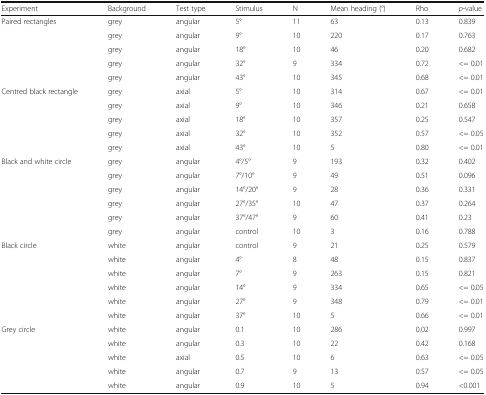
<table><thead><tr><td><b>Experiment</b></td><td><b>Background</b></td><td><b>Test type</b></td><td><b>Stimulus</b></td><td><b>N</b></td><td><b>Mean heading (°)</b></td><td><b>Rho</b></td><td><b><i>p</i>-value</b></td></tr></thead><tbody><tr><td rowspan="5">Paired rectangles</td><td>grey</td><td>angular</td><td>5°</td><td>11</td><td>63</td><td>0.13</td><td>0.839</td></tr><tr><td>grey</td><td>angular</td><td>9°</td><td>10</td><td>220</td><td>0.17</td><td>0.763</td></tr><tr><td>grey</td><td>angular</td><td>18°</td><td>10</td><td>46</td><td>0.20</td><td>0.682</td></tr><tr><td>grey</td><td>angular</td><td>32°</td><td>9</td><td>334</td><td>0.72</td><td>&lt;= 0.01</td></tr><tr><td>grey</td><td>angular</td><td>43°</td><td>10</td><td>345</td><td>0.68</td><td>&lt;= 0.01</td></tr><tr><td rowspan="5">Centred black rectangle</td><td>grey</td><td>axial</td><td>5°</td><td>10</td><td>314</td><td>0.67</td><td>&lt;= 0.01</td></tr><tr><td>grey</td><td>axial</td><td>9°</td><td>10</td><td>346</td><td>0.21</td><td>0.658</td></tr><tr><td>grey</td><td>axial</td><td>18°</td><td>10</td><td>357</td><td>0.25</td><td>0.547</td></tr><tr><td>grey</td><td>axial</td><td>32°</td><td>10</td><td>352</td><td>0.57</td><td>&lt;= 0.05</td></tr><tr><td>grey</td><td>axial</td><td>43°</td><td>10</td><td>5</td><td>0.80</td><td>&lt;= 0.01</td></tr><tr><td rowspan="6">Black and white circle</td><td>grey</td><td>angular</td><td>4°/5°</td><td>9</td><td>193</td><td>0.32</td><td>0.402</td></tr><tr><td>grey</td><td>angular</td><td>7°/10°</td><td>9</td><td>49</td><td>0.51</td><td>0.096</td></tr><tr><td>grey</td><td>angular</td><td>14°/20°</td><td>9</td><td>28</td><td>0.36</td><td>0.331</td></tr><tr><td>grey</td><td>angular</td><td>27°/35°</td><td>10</td><td>47</td><td>0.37</td><td>0.264</td></tr><tr><td>grey</td><td>angular</td><td>37°/47°</td><td>9</td><td>60</td><td>0.41</td><td>0.23</td></tr><tr><td>grey</td><td>angular</td><td>control</td><td>10</td><td>3</td><td>0.16</td><td>0.788</td></tr><tr><td rowspan="6">Black circle</td><td>white</td><td>angular</td><td>control</td><td>9</td><td>21</td><td>0.25</td><td>0.579</td></tr><tr><td>white</td><td>angular</td><td>4°</td><td>8</td><td>48</td><td>0.15</td><td>0.837</td></tr><tr><td>white</td><td>angular</td><td>7°</td><td>9</td><td>263</td><td>0.15</td><td>0.821</td></tr><tr><td>white</td><td>angular</td><td>14°</td><td>9</td><td>334</td><td>0.65</td><td>&lt;= 0.05</td></tr><tr><td>white</td><td>angular</td><td>27°</td><td>9</td><td>348</td><td>0.79</td><td>&lt;= 0.01</td></tr><tr><td>white</td><td>angular</td><td>37°</td><td>10</td><td>5</td><td>0.66</td><td>&lt;= 0.01</td></tr><tr><td rowspan="5">Grey circle</td><td>white</td><td>angular</td><td>0.1</td><td>10</td><td>286</td><td>0.02</td><td>0.997</td></tr><tr><td>white</td><td>angular</td><td>0.3</td><td>10</td><td>22</td><td>0.42</td><td>0.168</td></tr><tr><td>white</td><td>axial</td><td>0.5</td><td>10</td><td>6</td><td>0.63</td><td>&lt;= 0.05</td></tr><tr><td>white</td><td>angular</td><td>0.7</td><td>9</td><td>13</td><td>0.57</td><td>&lt;= 0.05</td></tr><tr><td>white</td><td>angular</td><td>0.9</td><td>10</td><td>5</td><td>0.94</td><td>&lt;0.001</td></tr></tbody></table>